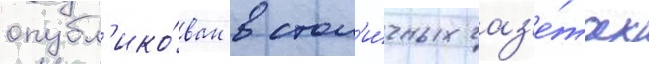
опубл'ико́ван в стол'и́чных газ'е́тах